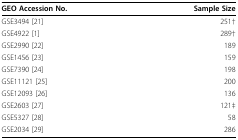
| GEO Accession No. | Sample Size |
 | --- | --- |
 | GSE3494 [21] | 251† |
 | GSE4922 [1] | 289† |
 | GSE2990 [22] | 189 |
 | GSE1456 [23] | 159 |
 | GSE7390 [24] | 198 |
 | GSE11121 [25] | 200 |
 | GSE12093 [26] | 136 |
 | GSE2603 [27] | 121‡ |
 | GSE5327 [28] | 58 |
 | GSE2034 [29] | 286 |